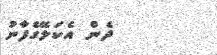
ދެން އެކަލޭގެފާނު